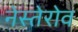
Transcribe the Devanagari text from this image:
नेस्तेरोव